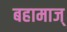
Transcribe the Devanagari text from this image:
बहामाज्